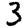
Digit: 3